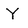
Character: Y